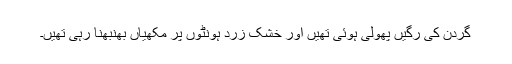
گردن کی رگیں پھولی ہوئی تھیں اور خشک زرد ہونٹوں پر مکھّیاں بِھنبھِنا رہی تھیں۔